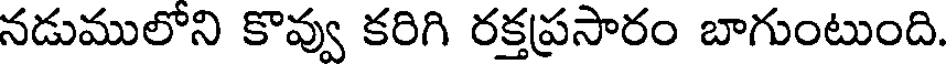
నడుములోని కొవ్వు కరిగి రక్తప్రసారం బాగుంటుంది.